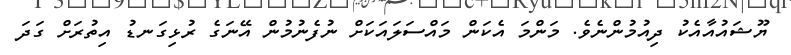
ޔޫޝައުއާއެކު ދިއުމުންނެވެ. މަންމަ އެކަން މައްސަލައަކަށް ނުފެނުމުން އޭނަގެ ރުޅިގަނޑު އިތުރަށް ގަދަ